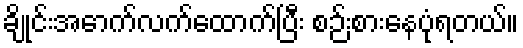
ချိုင်းအောက်လက်ထောက်ပြီး စဉ်းစားနေပုံရတယ်။